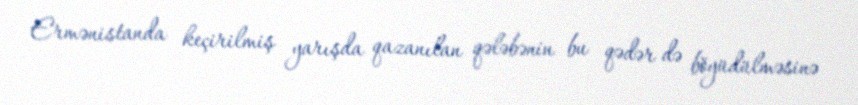
Ermənistanda keçirilmiş yarışda qazanılan qələbənin bu qədər də böyüdülməsinə